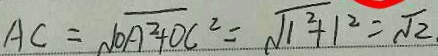
A C = \sqrt { O A ^ { 2 } + O C ^ { 2 } } = \sqrt { 1 ^ { 2 } + 1 ^ { 2 } } = \sqrt { 2 } .